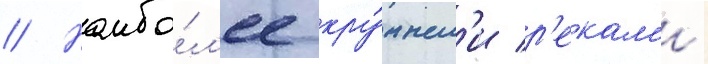
// Наибо́л'ее кру́пным'и р'екам'и